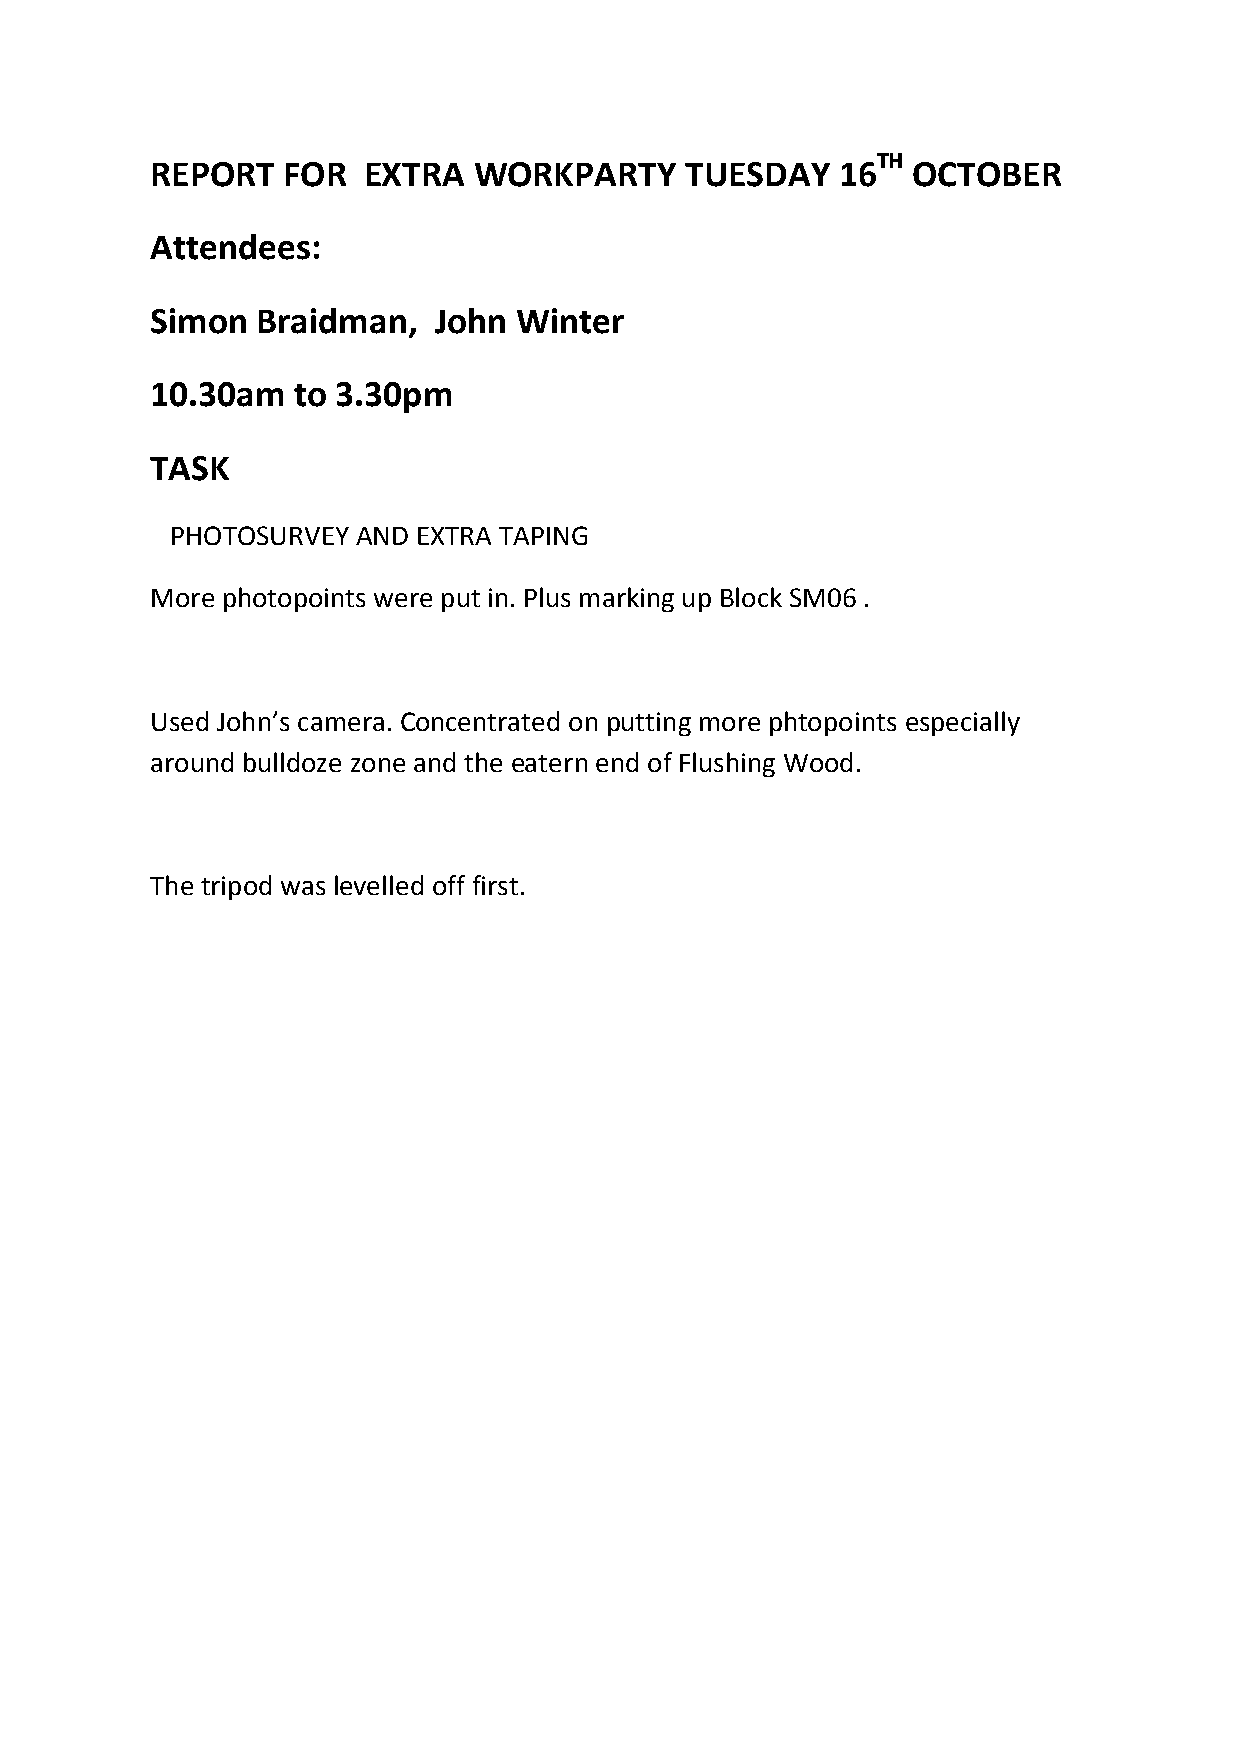
TH
 REPORT   FOR  EXTRA  WORKPARTY     TUESDAY   16   OCTOBER
 Attendees:
 Simon  Braidman,   John Winter
 10.30am  to 3.30pm
 TASK
 PHOTOSURVEY  AND EXTRA TAPING
 More photopoints were put in. Plus marking up Block SM06 .
 Used John’s camera. Concentrated on putting more phtopoints especially
 around bulldoze zone and the eatern end of Flushing Wood.
 The tripod was levelled off first.